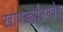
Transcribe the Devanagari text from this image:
खापर्ड्यांसमवेत